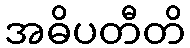
အဓိပတီတိ